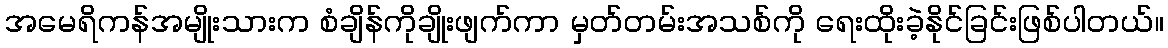
အမေရိကန်အမျိုးသားက စံချိန်ကိုချိုးဖျက်ကာ မှတ်တမ်းအသစ်ကို ရေးထိုးခဲ့နိုင်ခြင်းဖြစ်ပါတယ်။